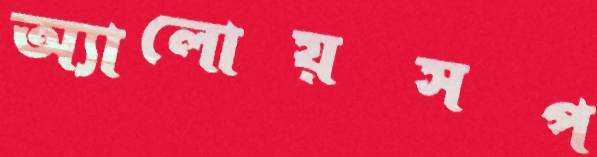
অ্যালোয়সপ